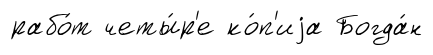
рабо́т четы́р'е ко́п'иjа Богда́н